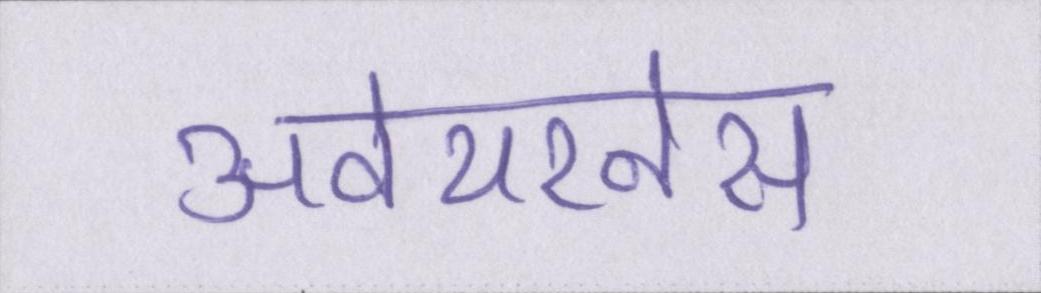
अवेयरनेस